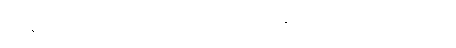
အန်ဖတ်စို့မူးလဲတယ်ဆိုပြီး အကုန်သောက်ရှက်ကွဲမှာ။